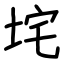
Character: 垞